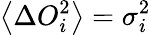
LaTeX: \left\langle\Delta O_{i}^{2}\right\rangle=\sigma_{i}^{2}